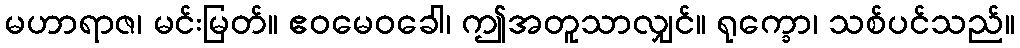
မဟာရာဇ၊ မင်းမြတ်။ ဧဝမေဝခေါ၊ ဤအတူသာလျှင်။ ရုက္ခော၊ သစ်ပင်သည်။